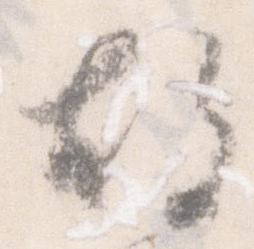
故